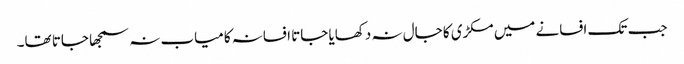
جب تک افسانے میں مکڑی کا جال نہ دکھایا جاتا افسانہ کامیاب نہ سمجھا جاتا تھا۔